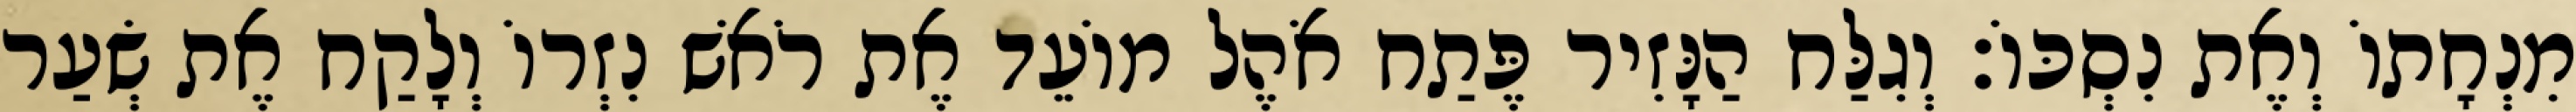
מִנְחָתוֹ וְאֶת נִסְכּוֹ׃ וְגִלַּח הַנָּזִיר פֶּתַח אֹהֶל מוֹעֵד אֶת רֹאשׁ נִזְרוֹ וְלָקַח אֶת שְׂעַר